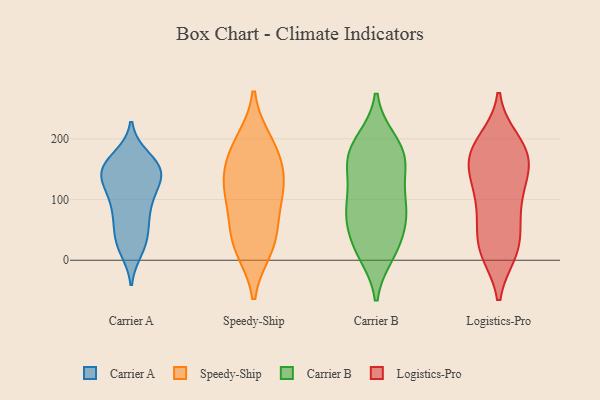
{"axis": {"x": "Net Income (USD K)", "y": "Value"}, "legend": ["Carrier A", "Carrier B", "Logistics-Pro", "Speedy-Ship"], "data": [{"x": "", "y": 162, "type": "Carrier A"}, {"x": "", "y": 100, "type": "Carrier A"}, {"x": "", "y": 112, "type": "Carrier A"}, {"x": "", "y": 151, "type": "Carrier A"}, {"x": "", "y": 124, "type": "Carrier A"}, {"x": "", "y": 32, "type": "Carrier A"}, {"x": "", "y": 151, "type": "Carrier A"}, {"x": "", "y": 18, "type": "Carrier A"}, {"x": "", "y": 99, "type": "Carrier A"}, {"x": "", "y": 68, "type": "Carrier A"}, {"x": "", "y": 145, "type": "Carrier A"}, {"x": "", "y": 169, "type": "Carrier A"}, {"x": "", "y": 139, "type": "Carrier A"}, {"x": "", "y": 32, "type": "Carrier A"}, {"x": "", "y": 74, "type": "Carrier A"}, {"x": "", "y": 66, "type": "Carrier A"}, {"x": "", "y": 26, "type": "Carrier A"}, {"x": "", "y": 156, "type": "Carrier A"}, {"x": "", "y": 137, "type": "Carrier A"}, {"x": "", "y": 147, "type": "Carrier A"}, {"x": "", "y": 23, "type": "Speedy-Ship"}, {"x": "", "y": 133, "type": "Speedy-Ship"}, {"x": "", "y": 120, "type": "Speedy-Ship"}, {"x": "", "y": 19, "type": "Speedy-Ship"}, {"x": "", "y": 40, "type": "Speedy-Ship"}, {"x": "", "y": 102, "type": "Speedy-Ship"}, {"x": "", "y": 70, "type": "Speedy-Ship"}, {"x": "", "y": 131, "type": "Speedy-Ship"}, {"x": "", "y": 186, "type": "Speedy-Ship"}, {"x": "", "y": 169, "type": "Speedy-Ship"}, {"x": "", "y": 195, "type": "Speedy-Ship"}, {"x": "", "y": 154, "type": "Carrier B"}, {"x": "", "y": 18, "type": "Carrier B"}, {"x": "", "y": 156, "type": "Carrier B"}, {"x": "", "y": 160, "type": "Carrier B"}, {"x": "", "y": 177, "type": "Carrier B"}, {"x": "", "y": 83, "type": "Carrier B"}, {"x": "", "y": 197, "type": "Carrier B"}, {"x": "", "y": 11, "type": "Carrier B"}, {"x": "", "y": 197, "type": "Carrier B"}, {"x": "", "y": 167, "type": "Carrier B"}, {"x": "", "y": 107, "type": "Carrier B"}, {"x": "", "y": 78, "type": "Carrier B"}, {"x": "", "y": 96, "type": "Carrier B"}, {"x": "", "y": 16, "type": "Carrier B"}, {"x": "", "y": 44, "type": "Carrier B"}, {"x": "", "y": 86, "type": "Carrier B"}, {"x": "", "y": 57, "type": "Carrier B"}, {"x": "", "y": 61, "type": "Logistics-Pro"}, {"x": "", "y": 185, "type": "Logistics-Pro"}, {"x": "", "y": 140, "type": "Logistics-Pro"}, {"x": "", "y": 174, "type": "Logistics-Pro"}, {"x": "", "y": 13, "type": "Logistics-Pro"}, {"x": "", "y": 92, "type": "Logistics-Pro"}, {"x": "", "y": 16, "type": "Logistics-Pro"}, {"x": "", "y": 141, "type": "Logistics-Pro"}, {"x": "", "y": 154, "type": "Logistics-Pro"}, {"x": "", "y": 43, "type": "Logistics-Pro"}, {"x": "", "y": 14, "type": "Logistics-Pro"}, {"x": "", "y": 83, "type": "Logistics-Pro"}, {"x": "", "y": 187, "type": "Logistics-Pro"}, {"x": "", "y": 98, "type": "Logistics-Pro"}, {"x": "", "y": 135, "type": "Logistics-Pro"}, {"x": "", "y": 159, "type": "Logistics-Pro"}, {"x": "", "y": 188, "type": "Logistics-Pro"}, {"x": "", "y": 17, "type": "Logistics-Pro"}, {"x": "", "y": 197, "type": "Logistics-Pro"}]}